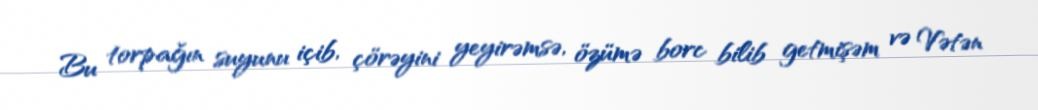
Bu torpağın suyunu içib, çörəyini yeyirəmsə, özümə borc bilib getmişəm və Vətən